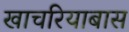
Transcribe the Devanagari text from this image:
खाचरियाबास